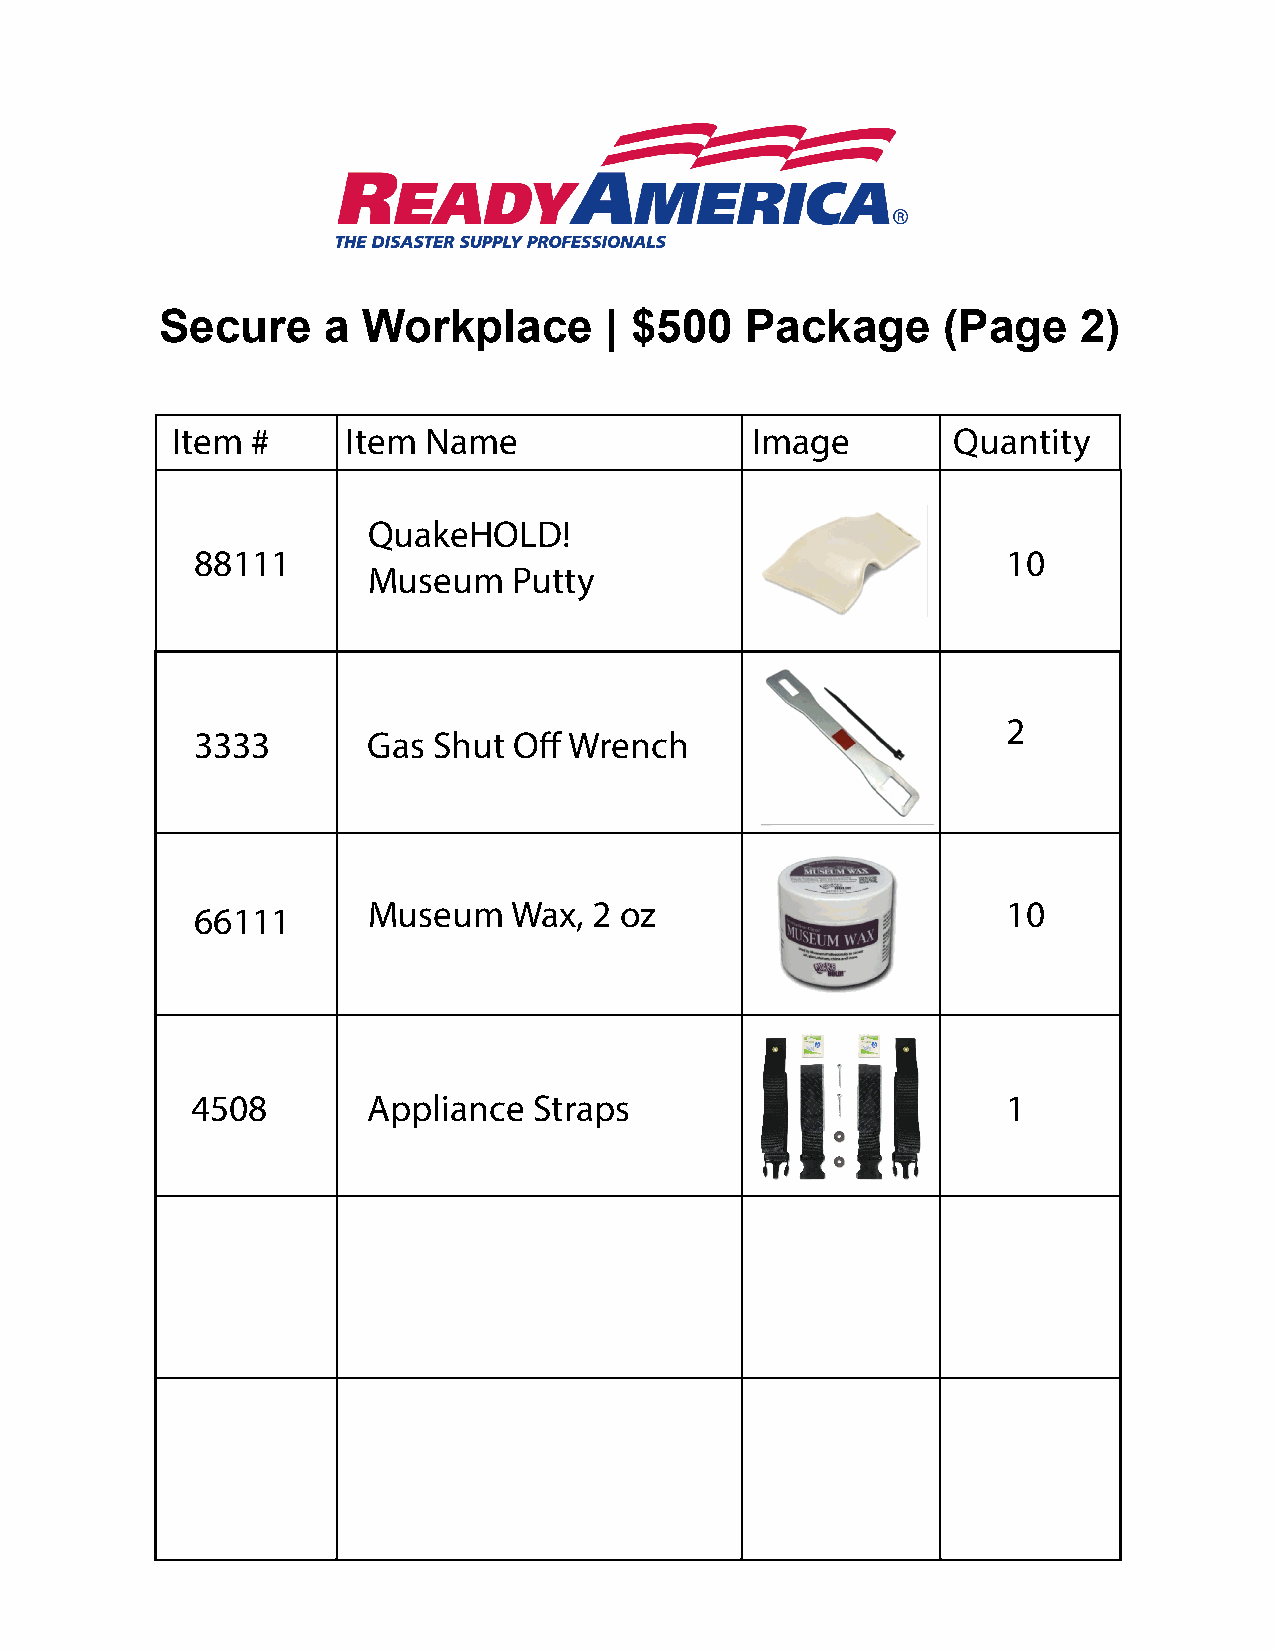
Secure    a  Workplace       | $500   Package      (Page     2)
 Item  #     Item Name                  Image        Quantity
 QuakeHOLD!
 88111                                                 10
 Museum    Putty
 2
 3333       Gas  Shut Off Wrench
 Museum    Wax, 2 oz                        10
 66111
 4508       Appliance  Straps                          1